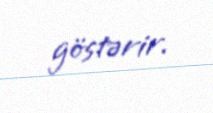
göstərir.